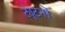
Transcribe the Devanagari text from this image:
ट्यूटनों